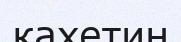
кахетин